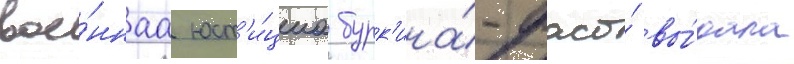
вое́ннаа юст'и́циа бурк'ина́-фасо́ вы́дала